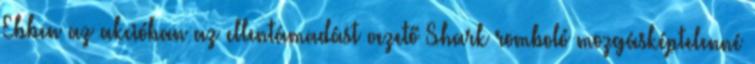
Ebben az akcióban az ellentámadást vezető Shark romboló mozgásképtelenné